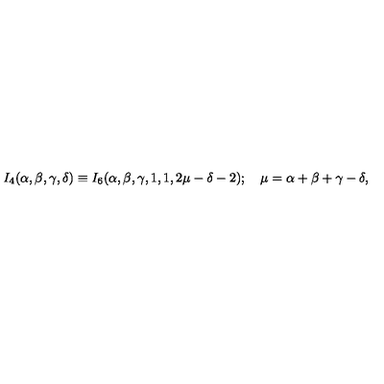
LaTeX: I _ { 4 } ( \alpha , \beta , \gamma , \delta ) \equiv I _ { 6 } ( \alpha , \beta , \gamma , 1 , 1 , 2 \mu - \delta - 2 ) ; \quad \mu = \alpha + \beta + \gamma - \delta ,